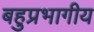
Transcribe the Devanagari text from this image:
बहुप्रभागीय